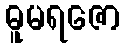
ဓူမရဇော